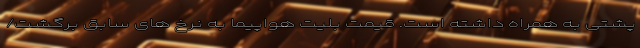
پشتی به همراه داشته است. قیمت بلیت هواپیما به نرخ های سابق برگشت/